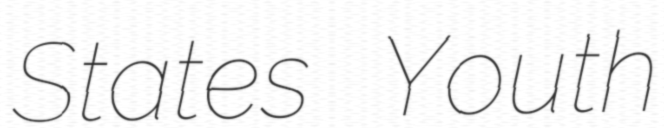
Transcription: States Youth